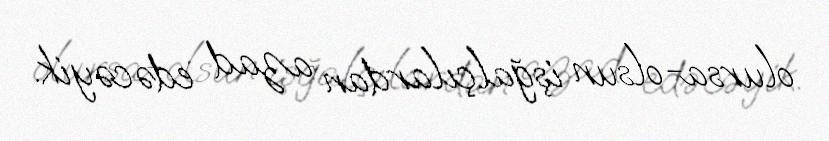
olursa-olsun işğalçılardan azad edəcəyik.